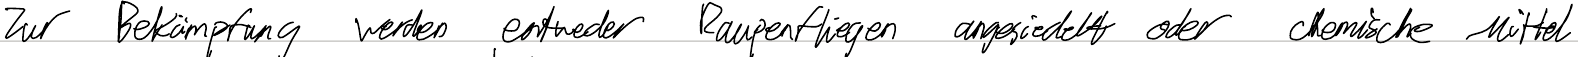
Zur Bekämpfung werden entweder Raupenfliegen angesiedelt oder chemische Mittel